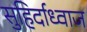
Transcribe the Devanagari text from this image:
सुहिर्दाध्वाज